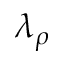
\lambda _ { \rho }